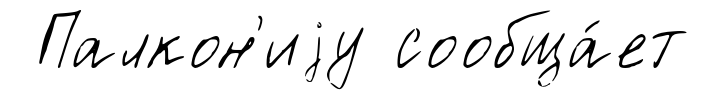
Палкон'иjу сообща́ет